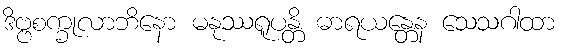
ဒိဗ္ဗစက္ခုလာဘိနော မနုဿရူပန္တိ ဓာရယန္တေန သေသဂါထာ